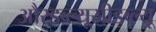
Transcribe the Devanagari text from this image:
औरडब्ल्यूसीडब्ल्यू